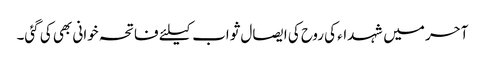
آحر میں شہداء کی روح کی ایصال ثواب کیلئے فاتحہ خوانی بھی کی گئی۔